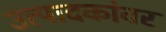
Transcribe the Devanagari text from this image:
उत्पादकांवर